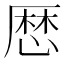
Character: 厯